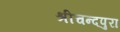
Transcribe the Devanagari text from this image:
श्रीचन्दपुरा